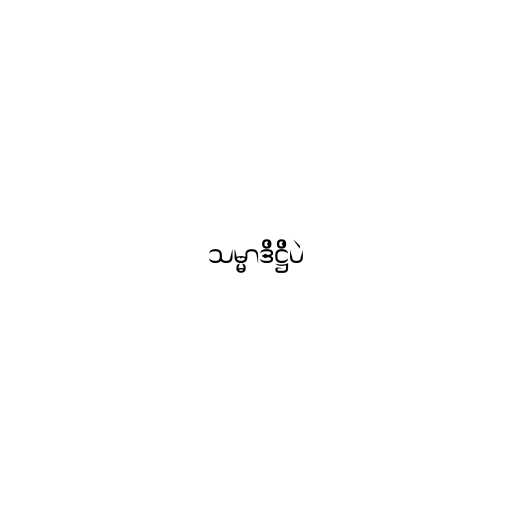
သမ္မာဒိဋ္ဌိပဲ